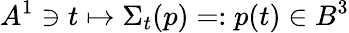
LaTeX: A^{1}\ni t\mapsto\Sigma_{t}(p)=:p(t)\in B^{3}